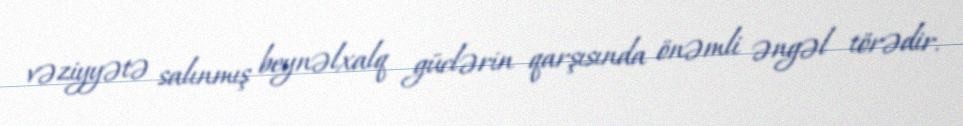
vəziyyətə salınmış beynəlxalq güclərin qarşısında önəmli əngəl törədir.